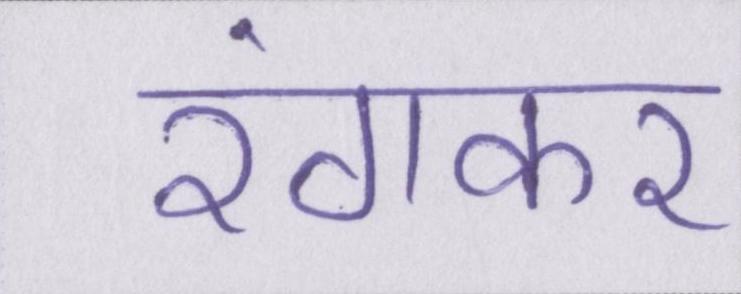
रंगकर